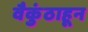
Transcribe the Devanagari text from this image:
वैकुंठाहून